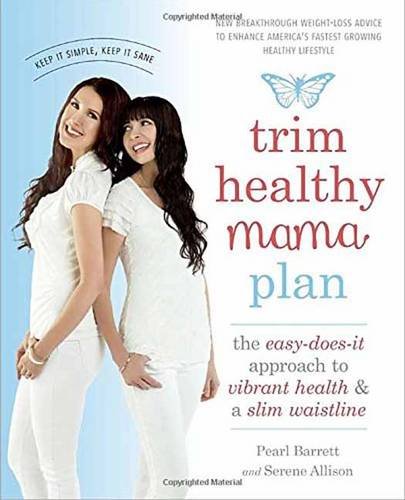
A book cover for Trim Healthy Mama Plan: The Easy-Does-It Approach to Vibrant Health and a Slim Waistline; Pearl Barrett; Cookbooks, Food & Wine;